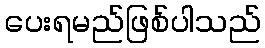
ပေးရမည်ဖြစ်ပါသည်